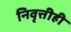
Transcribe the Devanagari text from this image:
निवृत्तीही